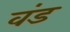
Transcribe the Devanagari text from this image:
वंड